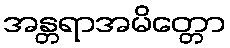
အန္တရာအမိတ္တော